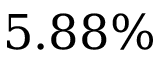
5 . 8 8 \%